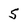
Character: 5